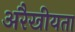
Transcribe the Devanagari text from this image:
अरैखीयता